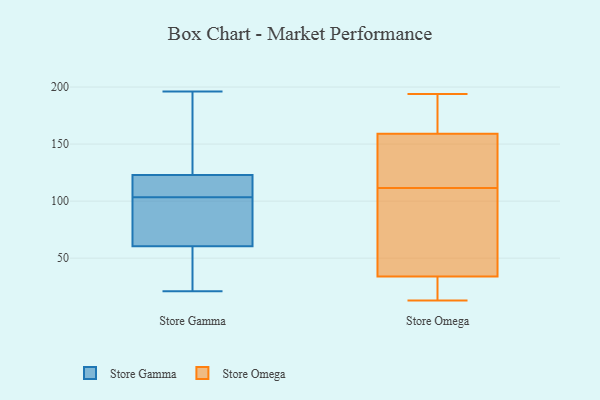
{"axis": {"x": "Page Views", "y": "Value"}, "legend": ["Store Gamma", "Store Omega"], "data": [{"x": "", "y": 119, "type": "Store Gamma"}, {"x": "", "y": 171, "type": "Store Gamma"}, {"x": "", "y": 34, "type": "Store Gamma"}, {"x": "", "y": 95, "type": "Store Gamma"}, {"x": "", "y": 129, "type": "Store Gamma"}, {"x": "", "y": 124, "type": "Store Gamma"}, {"x": "", "y": 59, "type": "Store Gamma"}, {"x": "", "y": 196, "type": "Store Gamma"}, {"x": "", "y": 112, "type": "Store Gamma"}, {"x": "", "y": 122, "type": "Store Gamma"}, {"x": "", "y": 91, "type": "Store Gamma"}, {"x": "", "y": 21, "type": "Store Gamma"}, {"x": "", "y": 23, "type": "Store Gamma"}, {"x": "", "y": 62, "type": "Store Gamma"}, {"x": "", "y": 114, "type": "Store Gamma"}, {"x": "", "y": 95, "type": "Store Gamma"}, {"x": "", "y": 79, "type": "Store Omega"}, {"x": "", "y": 194, "type": "Store Omega"}, {"x": "", "y": 149, "type": "Store Omega"}, {"x": "", "y": 21, "type": "Store Omega"}, {"x": "", "y": 144, "type": "Store Omega"}, {"x": "", "y": 13, "type": "Store Omega"}, {"x": "", "y": 193, "type": "Store Omega"}, {"x": "", "y": 49, "type": "Store Omega"}, {"x": "", "y": 174, "type": "Store Omega"}, {"x": "", "y": 15, "type": "Store Omega"}, {"x": "", "y": 43, "type": "Store Omega"}, {"x": "", "y": 159, "type": "Store Omega"}, {"x": "", "y": 61, "type": "Store Omega"}, {"x": "", "y": 145, "type": "Store Omega"}, {"x": "", "y": 153, "type": "Store Omega"}, {"x": "", "y": 194, "type": "Store Omega"}, {"x": "", "y": 25, "type": "Store Omega"}, {"x": "", "y": 34, "type": "Store Omega"}]}